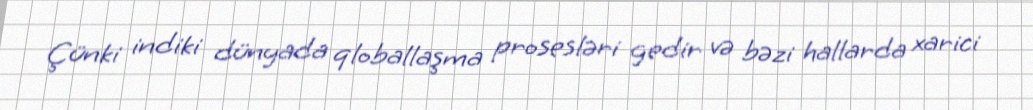
Çünki indiki dünyada qloballaşma prosesləri gedir və bəzi hallarda xarici